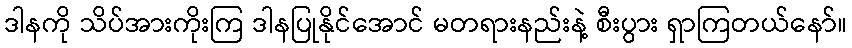
ဒါနကို သိပ်အားကိုးကြ ဒါနပြုနိုင်အောင် မတရားနည်းနဲ့ စီးပွား ရှာကြတယ်နော်။